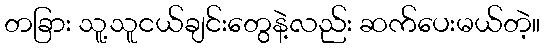
တခြား သူ့သူငယ်ချင်းတွေနဲ့လည်း ဆက်ပေးမယ်တဲ့။